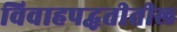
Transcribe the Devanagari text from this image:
विवाहपद्धतीतील